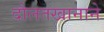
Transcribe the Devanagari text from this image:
दौलतखानाने